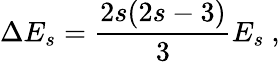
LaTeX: \Delta E_{s}=\frac{2s(2s-3)}{3}E_{s}\ ,